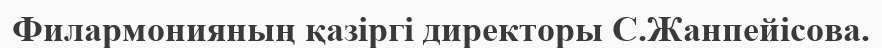
Филармонияның қазіргі директоры С.Жанпейісова.